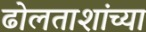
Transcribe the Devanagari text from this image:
ढोलताशांच्या